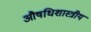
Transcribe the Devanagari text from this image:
औषधिशास्त्रीय